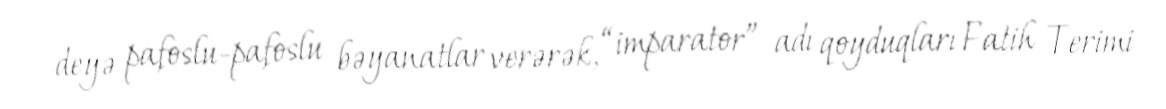
deyə pafoslu-pafoslu bəyanatlar verərək, “imparator” adı qoyduqları Fatih Terimi